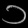
Digit: ၁